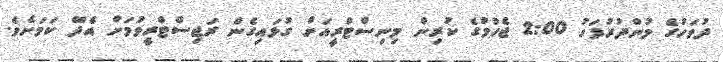
ދުވަހުގެ މުންދުރުފަހު 2:00 ޖެހުމުގެ ކުރިން މިނިސްޓްރީއަށް ގުޅައިގެން ރަޖިސްޓްރީވުމަށް އެދޭ ކަމަށެވެ.